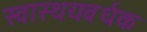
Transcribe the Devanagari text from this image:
स्वास्थयवर्धक